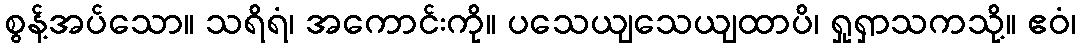
စွန့်အပ်သော။ သရိရံ၊ အကောင်းကို။ ပသေယျသေယျထာပိ၊ ရှုရှာသကသို့။ ဧဝံ၊